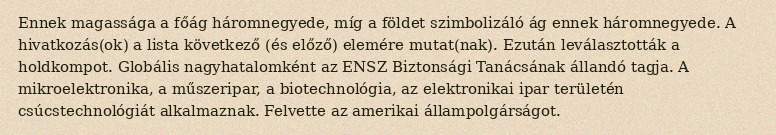
Ennek magassága a főág háromnegyede, míg a földet szimbolizáló ág ennek háromnegyede. A hivatkozás(ok) a lista következő (és előző) elemére mutat(nak). Ezután leválasztották a holdkompot. Globális nagyhatalomként az ENSZ Biztonsági Tanácsának állandó tagja. A mikroelektronika, a műszeripar, a biotechnológia, az elektronikai ipar területén csúcstechnológiát alkalmaznak. Felvette az amerikai állampolgárságot.